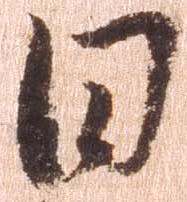
日